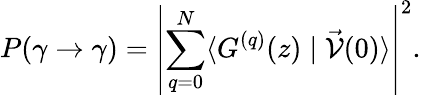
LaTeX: P(\gamma\rightarrow\gamma)=\left|\sum_{q=0}^{N}\langle G^{(q)}(z)\mid\vec{\cal V}(0)\rangle\right|^{2}.